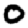
Digit: 0